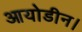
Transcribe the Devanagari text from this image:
आयोडीन।